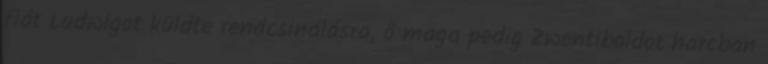
fiát Ludwigot küldte rendcsinálásra, ő maga pedig Zwentiboldot harcban